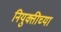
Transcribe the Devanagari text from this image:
नियुक्तीच्या